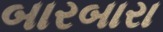
બારબારા